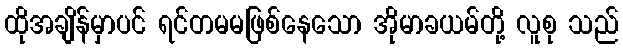
ထိုအချိန်မှာပင် ရင်တမမဖြစ်နေသော အိုမာခယမ်တို့ လူစု သည်